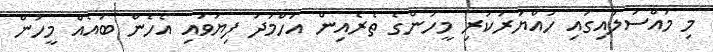
މި މައްސަލައިގައި ހައްޔަރުކުރި މީހުންގެ ތެރެއިން އަހްމަދު ފިޔަވައި އެހެން ބައެއް މީހުން